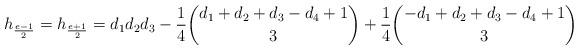
LaTeX: \begin{align*} h_{\frac{e-1}{2}}= h_{\frac{e+1}{2}}= d_1d_2d_3 - \frac14\binom{d_1+d_2+d_3-d_4+1}{3}+\frac14\binom{-d_1+d_2+d_3-d_4+1}{3} \end{align*}